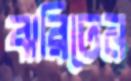
ঝরিতেন